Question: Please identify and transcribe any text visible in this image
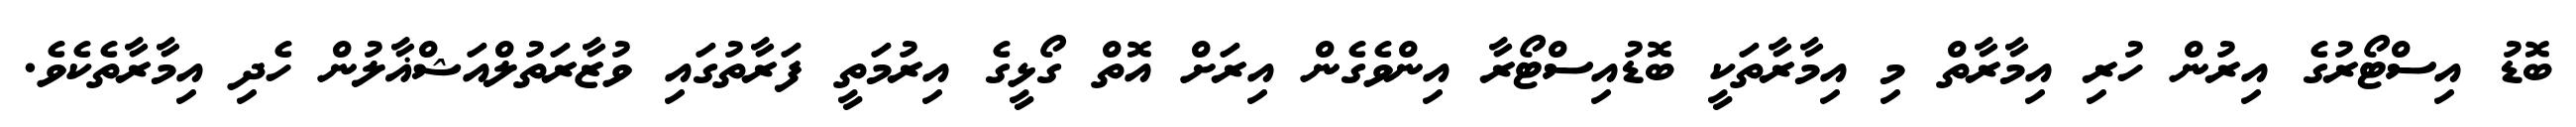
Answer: ބޮޑު އިސްޓޯރުގެ އިރުން ހުރި އިމާރާތް މި އިމާރާތަކީ ބޮޑުއިސްޓޯރާ އިންވެގެން އިރަށް އޮތް ގޯޅީގެ އިރުމަތީ ފަރާތުގައި ވުޒާރަތުލްއަޝްޣާލުން ހެދި އިމާރާތެކެވެ.